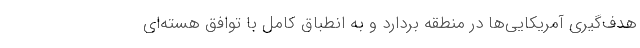
هدف‌گیری آمریکایی‌ها در منطقه بردارد و به انطباق کامل با توافق هسته‌ای